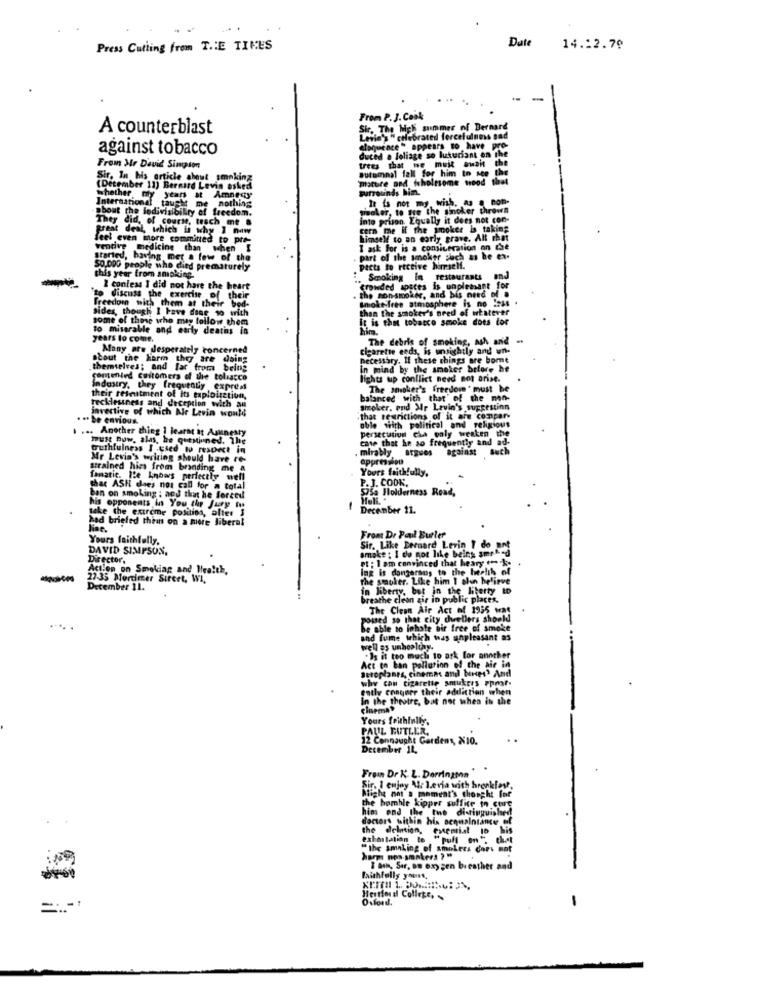
Date
Press Cutting from THE TIMES
14.12.79
-
From P.J. Cook
A counterblast
Sir, The High summer of Bernard
Levin's " celebrated forcefulness sad
against tobacco
eloquence " appears to have pro-
duced a foliage so luxuriant on the
From Mr David Simpson
trees that we must await the
autumnal fall for him to see the
Sir, In his article about smoking
'mature ond fcholtsome nood that
(December 11) Bernard Levin asked
purrounds him.
International taught me nothing
whether dy years at Amnesty
It is not my, wish. as a non-
about the Jedivisibility of freedom.
They did, of course, teach me &
great
great deal, which is why I naw
cern me if the smoker in taking
feel even more commited to pre-
himself to an early grave. Alt that
ventive medicine than when I
I ask for is a consiteration on the
Started, having met a few of the
part of the smoker such as he ex-
$0.000 people who died prematurely
pects to receive himself.
this year from smoking
Smoking in restaurants
and
2 confess I did not hare the heart
crowded apsces is unpleasant for
"to discuss the exercise of their
the sonsmoker, and bis need of .
Smoke free atmosphere is no less .
Freedom with them at their bed-
sides, though I have done so with
than the smoker's need of whatever
some of those who may follow them
It is the tobacco smoke does for
to miserable and early deaths in
him.
years to come.
The debris of smoking, ash and
Many are desperately concerned
cigarette eeds, is unsightly and un.
Scout the harm they are doing
necessary. Il these things are bomt
themselves; and far from being
In mind by the smoker before he
contented customers of the tolsacco
lights up conflict need not arise.
industry, they frequtady express
The Mioker's freedom" must be
their resentment of its exploitation,
balanced with that' of the men-
invective of which Ne Levin would
recklessness and deception with an
smoker, end Mr Levin's suggestinn
. .. be envious
that restrictions of it are compar-
... Another thing 1 learnt at Asunesty
oble with political and religious
persecution cha paly weaken the
must Duw, alas, he quesiuned. The
cme that he so frequently and ad-
truthfulness I .tied to respect in
mirably argues
against Buch
Mr Levin's wilting should have re-
strained hirs from branding me &
Yours faithfully.
fanatic. Je knows perfectly well
P. J. COOK.
that ASH daes nos call for a total
575a Holderness Read,
ban on smoking ; and that he forced
his opponents in You the Jury for
take the extreme position, alter 3
December 11.
had briefed them on a more liberal
Yours faithfully.
Sir. Like Bernard Levin I do
From Dr Paul Burler
DAVID SIMPSON,
smoke ; I do not like being smoked
Director.
pt : 1 am convinced that heary +- k-
Action on Smoking and Health.
ing is dangerans to the herlib of
-
27-35 Mortimer Sircet, WI,
The smoker. Like him I alon believe
December 11.
breathe clean air in public places.
The Clean Air Act of 1955 was
posted so that city dwellers shoold
be able to inhale bir free of smoke
and fume which was unpleasant as
well as unhoalony.
.Is it too much to ask for another
aeroplanes, cinema and bones' And
Act to ban pollution of the air in
why can cigarette smukers Ppmat.
ently conquer their addiction when
in the theotre, bat not when in the
cinema»
Yours faithfully.
PAUL BUTLER,
12 Connaught Gardens, X10.
December IL,
Frein Dr K. L. Derrington
Might not a moment's thought fot
Sir. 1 enjoy Ar Leria with breakfast,
the bomble kipper suffice to cte
him end the the distinguished
doctors within his penmaintance of
the delntien, essential 10
exhortation te
"the smoking of smokees dort mat
harm non-smokers > "
I ath, Ser, om oxygen bicather and
Faithfully yours,
Oxford.
Hertford College,
=:.-